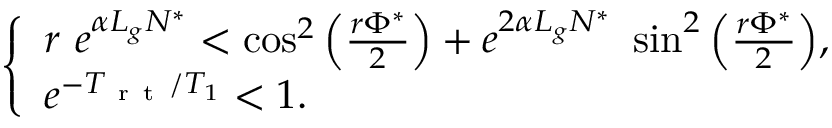
\begin{array} { r } { \left\{ \begin{array} { l l } { r \ e ^ { \alpha L _ { g } N ^ { * } } < \cos ^ { 2 } \Big ( \frac { r \Phi ^ { * } } { 2 } \Big ) + e ^ { 2 \alpha L _ { g } N ^ { * } } \ \sin ^ { 2 } \Big ( \frac { r \Phi ^ { * } } { 2 } \Big ) , } \\ { e ^ { - T _ { \mathrm { ~ r ~ t ~ } } / T _ { 1 } } < 1 . } \end{array} \right. } \end{array}